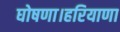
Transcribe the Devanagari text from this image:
घोषणा।हरियाणा